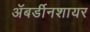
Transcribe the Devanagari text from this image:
अॅबर्डीनशायर